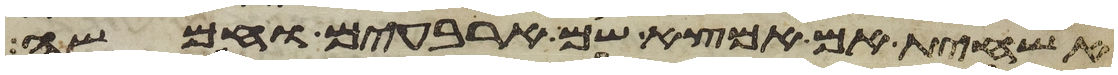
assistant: אשחית אם אמצא שם ארבעים וחמשה